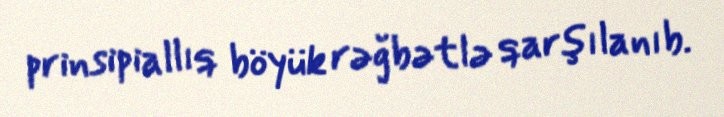
prinsipiallıq böyük rəğbətlə qarşılanıb.